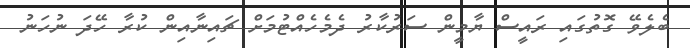
ބެލެވޭ ގޮތުގައި ރައީސް ޔާމީން ސަރުކާރު ދެމެހެއްޓުމަށް ޗައިނާއިން ކުރާ ހޭދަ ނުހަނު